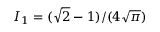
{ \cal I } _ { 1 } = ( \sqrt { 2 } - 1 ) / ( 4 \sqrt { \pi } )